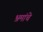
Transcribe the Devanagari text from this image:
भ्रमांचे